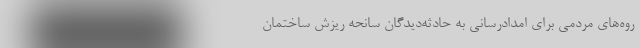
روه‌های مردمی برای امدادرسانی به حادثه‌دیدگان سانحه ریزش ساختمان